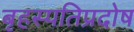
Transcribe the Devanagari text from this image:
बृहस्पतिप्रदोष